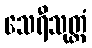
သေရီသုတ္တံ